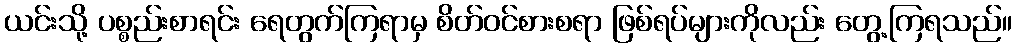
ယင်းသို့ ပစ္စည်းစာရင်း ရေတွက်ကြရာမှ စိတ်ဝင်စားစရာ ဖြစ်ရပ်များကိုလည်း တွေ့ကြရသည်။